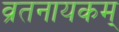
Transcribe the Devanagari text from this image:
व्रतनायकम्